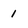
Character: 1